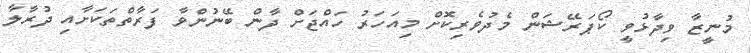
މުނީޒާ ވިދާޅުވީ ކޯޕަރޭޝަން މެދުވެރިކޮށް މިއަހަރު ހައްޖަށް ދާން ބޭނުންވާ ފަރާތްތަކަށާއި ދުރާލާ